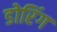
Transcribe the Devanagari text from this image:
डोरिंग